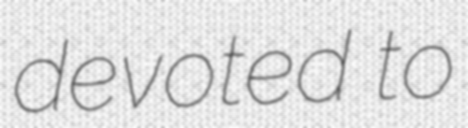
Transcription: devoted to